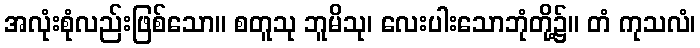
အလုံးစုံလည်းဖြစ်သော။ စတူသု ဘူမိသု၊ လေးပါးသောဘုံတို့၌။ တံ ကုသလံ၊